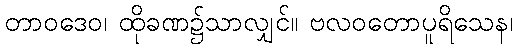
တာဝဒေဝ၊ ထိုခဏ၌သာလျှင်။ ဗလဝတောပူရိသေန၊